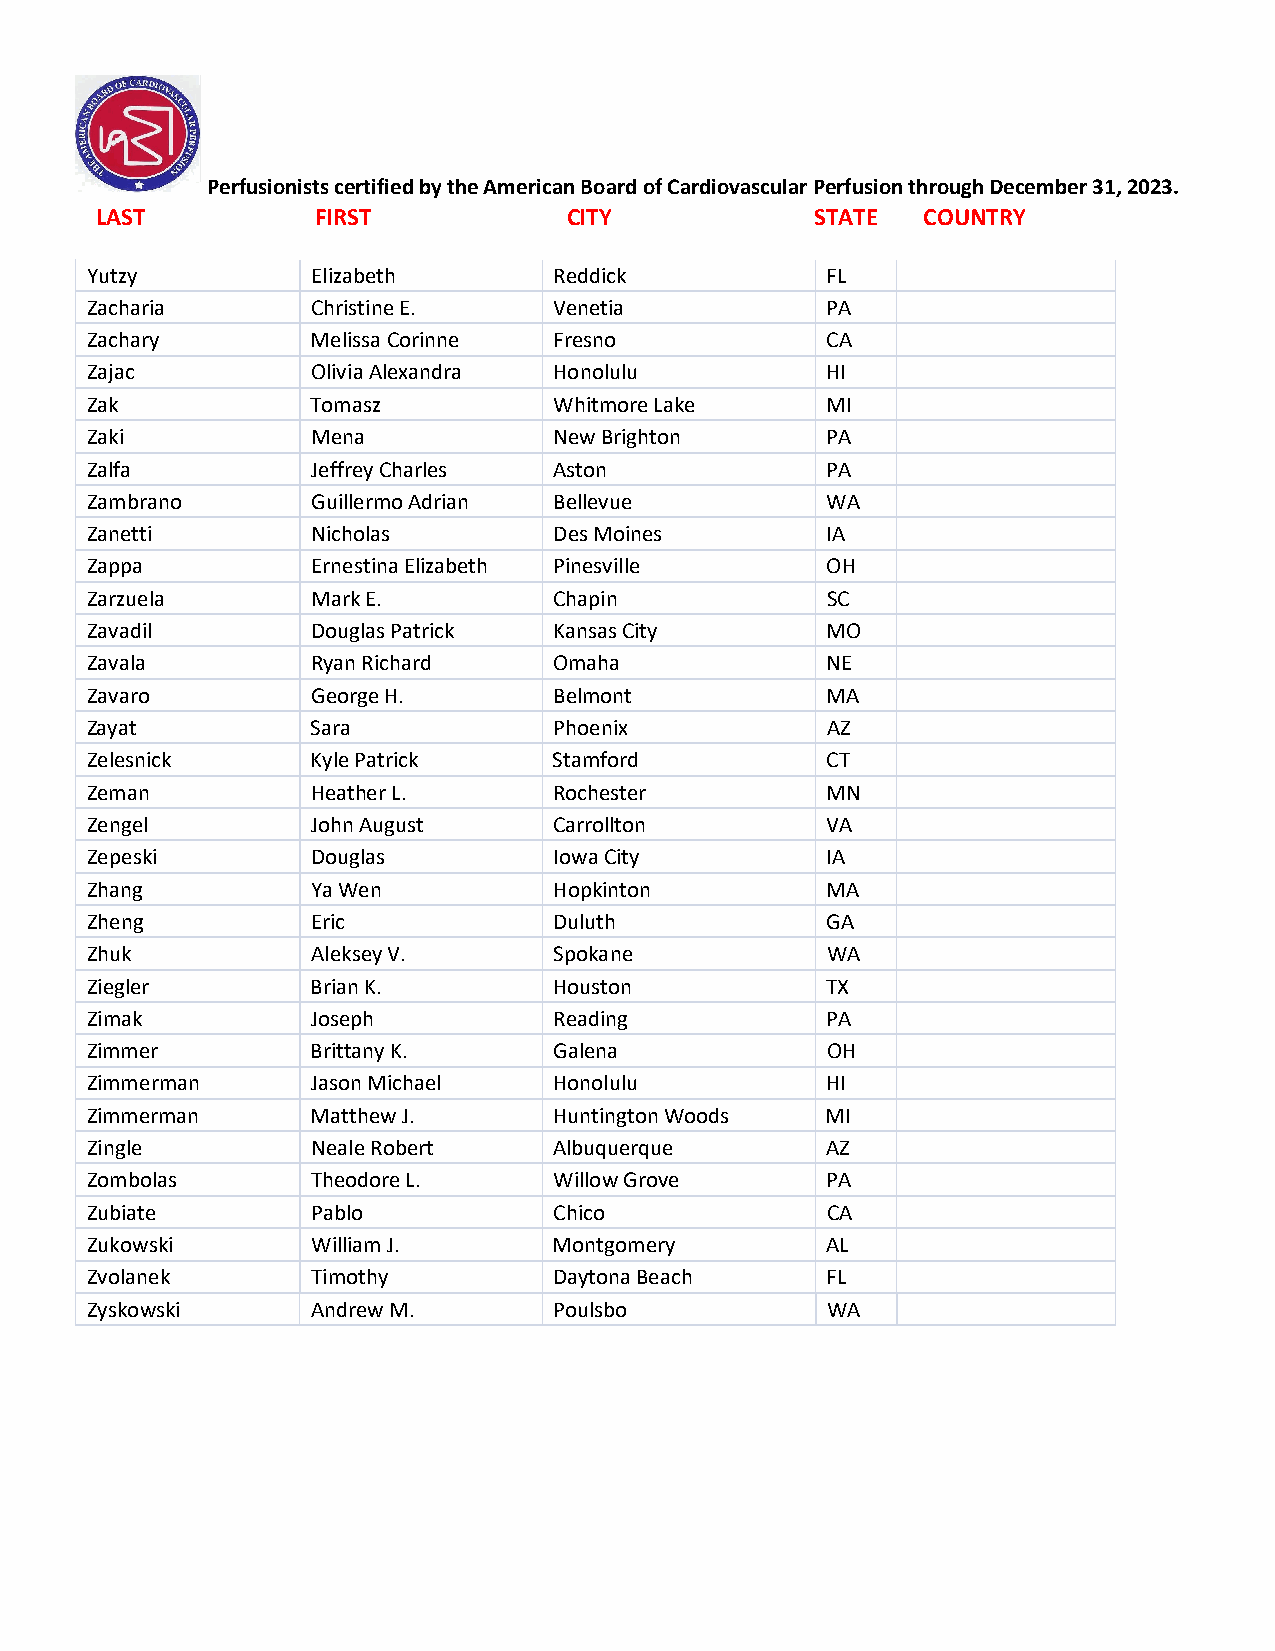
Perfusionists certified by the American Board of Cardiovascular Perfusion through December 31, 2023.
 LAST           FIRST            CITY            STATE  COUNTRY
 Yutzy          Elizabeth       Reddick           FL
 Zacharia       Christine E.    Venetia           PA
 Zachary        Melissa Corinne Fresno            CA
 Zajac          Olivia Alexandra Honolulu         HI
 Zak            Tomasz          Whitmore Lake     MI
 Zaki           Mena            New Brighton      PA
 Zalfa          Jeffrey Charles Aston             PA
 Zambrano       Guillermo Adrian Bellevue         WA
 Zanetti        Nicholas        Des Moines        IA
 Zappa          Ernestina Elizabeth Pinesville    OH
 Zarzuela       Mark E.         Chapin            SC
 Zavadil        Douglas Patrick Kansas City       MO
 Zavala         Ryan Richard    Omaha             NE
 Zavaro         George H.       Belmont           MA
 Zayat          Sara            Phoenix           AZ
 Zelesnick      Kyle Patrick    Stamford          CT
 Zeman          Heather L.      Rochester         MN
 Zengel         John August     Carrollton        VA
 Zepeski        Douglas         Iowa City         IA
 Zhang          Ya Wen          Hopkinton         MA
 Zheng          Eric            Duluth            GA
 Zhuk           Aleksey V.      Spokane           WA
 Ziegler        Brian K.        Houston           TX
 Zimak          Joseph          Reading           PA
 Zimmer         Brittany K.     Galena            OH
 Zimmerman      Jason Michael   Honolulu          HI
 Zimmerman      Matthew J.      Huntington Woods  MI
 Zingle         Neale Robert    Albuquerque       AZ
 Zombolas       Theodore L.     Willow Grove      PA
 Zubiate        Pablo           Chico             CA
 Zukowski       William J.      Montgomery        AL
 Zvolanek       Timothy         Daytona Beach     FL
 Zyskowski      Andrew M.       Poulsbo           WA